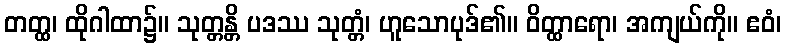
တတ္ထ၊ ထိုဂါထာ၌။ သုတ္တန္တိ ပဒဿ သုတ္တံ၊ ဟူသောပုဒ်၏။ ဝိတ္ထာရော၊ အကျယ်ကို။ ဧဝံ၊